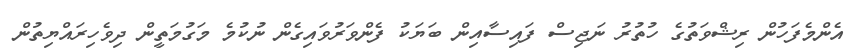
އެންމެފަހުން ރިޝްވަތުގެ ހުތުރު ނަޖިސް ފައިސާއިން ބަޔަކު ފެންވަރުވައިގެން ނުކުމެ މަގުމަތީން ދިވެހިރައްޔިތުން